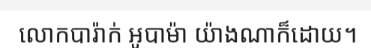
លោកបារ៉ាក់ អូបាម៉ា យ៉ាងណាក៏ដោយ។